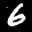
Label: 6